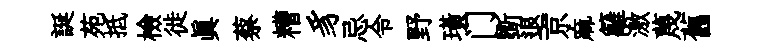
誕苑抵檢徙真蔡糟豸忌令野璜门斵退京麻籬激蔑舊